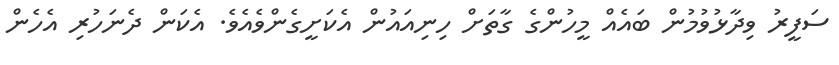
ސަފީރު ވިދާޅުވުމުން ބައެއް މީހުންގެ ގާތަށް ހިނިއައުން އެކަށީގެންވެއެވެ. އެކަން ދެނަހުރި އެހެން